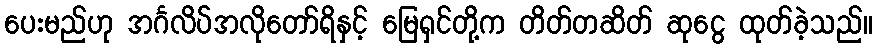
ပေးမည်ဟု အင်္ဂလိပ်အလိုတော်ရိနှင့် မြေရှင်တို့က တိတ်တဆိတ် ဆုငွေ ထုတ်ခဲ့သည်။